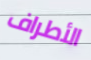
الأطراف